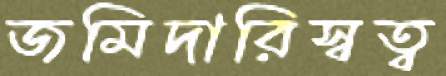
জমিদারিস্বত্ব